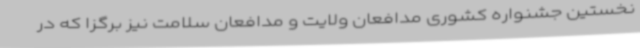
نخستین جشنواره کشوری مدافعان ولایت و مدافعان سلامت نیز برگزا که در